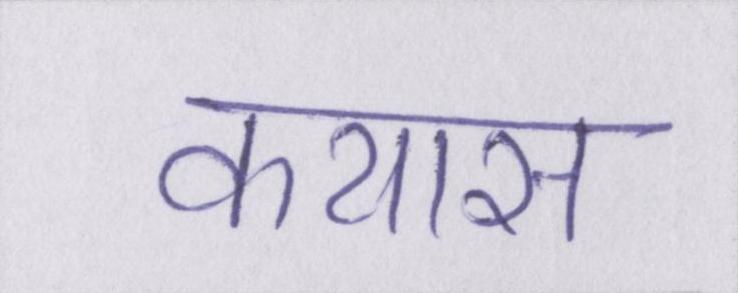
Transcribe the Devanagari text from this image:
कयास